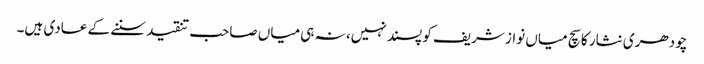
چودھری نثار کا سچ میاں نواز شریف کو پسند نہیں، نہ ہی میاں صاحب تنقید سننے کے عادی ہیں۔